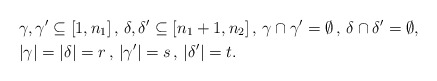
\begin{align*}&\gamma,\gamma'\subseteq[1,n_1]\,,\,\delta,\delta'\subseteq[n_1+1,n_2]\,,\,\gamma\cap\gamma'=\emptyset\,,\,\delta\cap\delta'=\emptyset,\\&|\gamma|=|\delta|=r\,,\,|\gamma'|=s\,,\,|\delta'|=t.\end{align*}